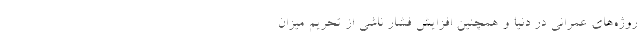
روژه‌های عمرانی در دنیا و همچنین افزایش فشار ناشی از تحریم میزان